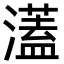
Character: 濭